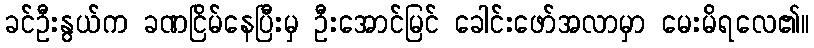
ခင်ဦးနွယ်က ခဏငြိမ်နေပြီးမှ ဦးအောင်မြင် ခေါင်းဖော်အလာမှာ မေးမိရလေ၏။